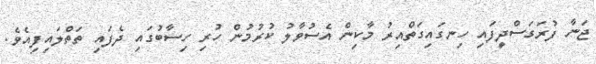
ޖަނާ ފުރަގަސްދީފައި ހިނގައިގަތްއިރު މާކިން އެސުވާލު ކުރުމުން ހުރި ހިސާބުގައި ދެފައި ތަތްލައިފިއެވެ.